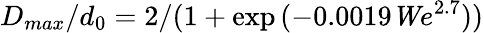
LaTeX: {D_{max}/d_{0}}={2/(1+\exp{(-0.0019{\mathit We}^{2.7})})}